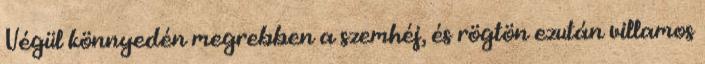
Végül könnyedén megrebben a szemhéj, és rögtön ezután villamos